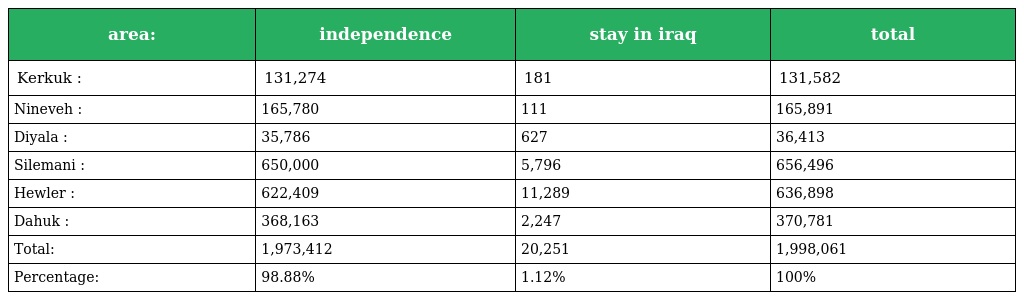
| area: | independence | stay in iraq | total |
 | --- | --- | --- | --- |
 | Kerkuk : | 131,274 | 181 | 131,582 |
 | Nineveh : | 165,780 | 111 | 165,891 |
 | Diyala : | 35,786 | 627 | 36,413 |
 | Silemani : | 650,000 | 5,796 | 656,496 |
 | Hewler : | 622,409 | 11,289 | 636,898 |
 | Dahuk : | 368,163 | 2,247 | 370,781 |
 | Total: | 1,973,412 | 20,251 | 1,998,061 |
 | Percentage: | 98.88% | 1.12% | 100% |